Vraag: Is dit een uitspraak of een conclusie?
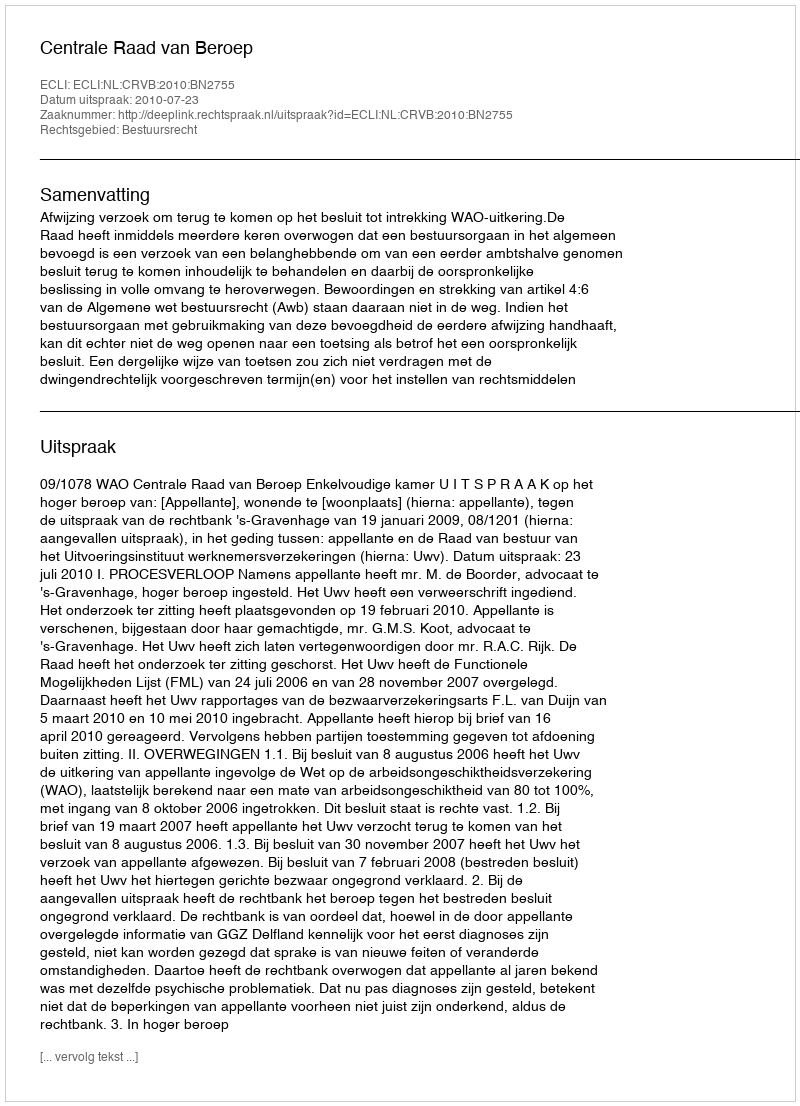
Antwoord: Uitspraak